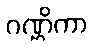
ဂဏ္ဌိကာ